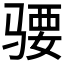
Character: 𱅜